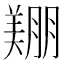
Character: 𦎿